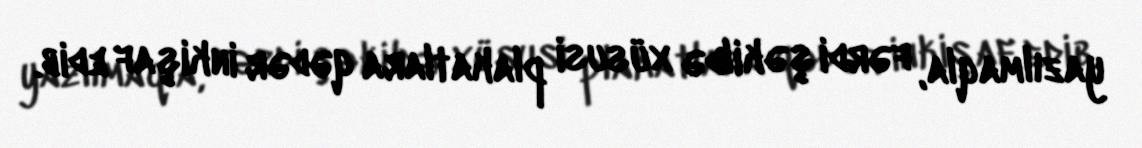
yazılmaqla, fərdi şəkildə xüsusi plakatlara qədər inkişaf edib.